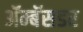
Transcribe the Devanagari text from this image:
ॲम्बॅसडर